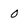
Character: 0